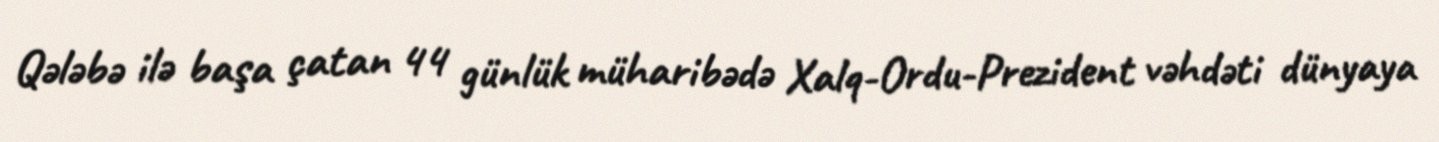
Qələbə ilə başa çatan 44 günlük müharibədə Xalq-Ordu-Prezident vəhdəti dünyaya